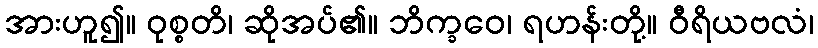
အားဟူ၍။ ဝုစ္စတိ၊ ဆိုအပ်၏။ ဘိက္ခဝေ၊ ရဟန်းတို့။ ဝီရိယဗလံ၊